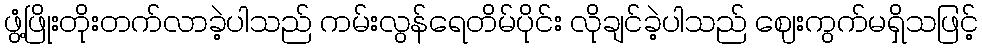
ဖွံ့ဖြိုးတိုးတက်လာခဲ့ပါသည် ကမ်းလွန်ရေတိမ်ပိုင်း လိုချင်ခဲ့ပါသည် ဈေးကွက်မရှိသဖြင့်